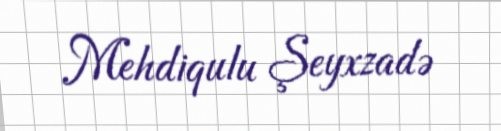
Mehdiqulu Şeyxzadə